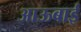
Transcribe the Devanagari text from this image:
आऊबाई